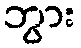
ဘွား